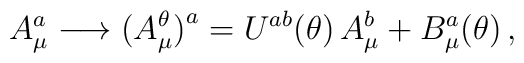
A_\mu^a\longrightarrow\bigl(A_\mu^\theta\bigr)^a=U^{ab}(\theta)\,A_\mu^b+B_\mu^a(\theta)\,,